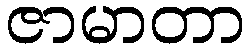
ဇာမာတာ